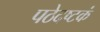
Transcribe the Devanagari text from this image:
पठेदष्टकं